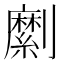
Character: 𠠣